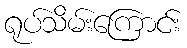
ရုပ်သိမ်းကြောင်း